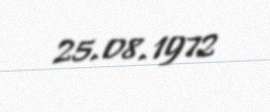
25.08.1972